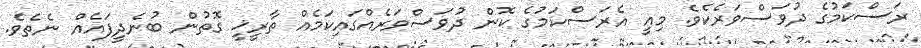
ރަސްކަމުގެ ދުވަސްވަރެކެވެ. މިއީ އެރަސްކަމުގެ ކޮން ދުވަސްވަރެއްގައިކަމެއް ތާރީޚީ ގޮތުން ބުނެދީފައެއް ނެތެވެ.